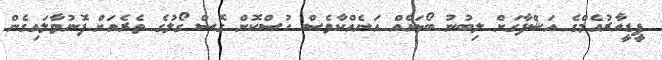
ޕީޑީއާރުއެމްގެ އަޝްފާގަށް ލިބުނު ބޯޅައެއް އަނެއްކާވެސް ހުސްކޮށް ގޮސް ގޯލުގެ ތެރެއަށް ފޮނުވާލައިގެން